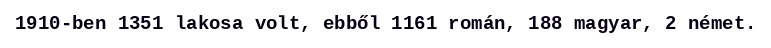
1910-ben 1351 lakosa volt, ebből 1161 román, 188 magyar, 2 német.